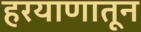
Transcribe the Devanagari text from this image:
हरयाणातून